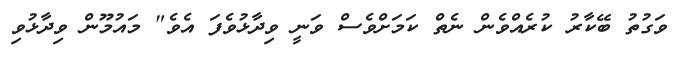
ވަގުތު ބޭކާރު ކުރެއްވެން ނެތް ކަމަށްވެސް ވަނީ ވިދާޅުވެފަ އެވެ" މައުމޫން ވިދާޅުވި